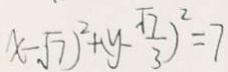
x - \sqrt { 7 } ) ^ { 2 } + ( y - \frac { \sqrt { 7 } } { 3 } ) ^ { 2 } = 7